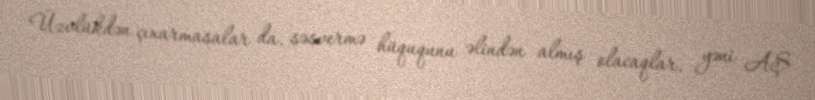
Üzvlükdən çıxarmasalar da, səsvermə hüququnu əlindən almış olacaqlar, yəni AŞ